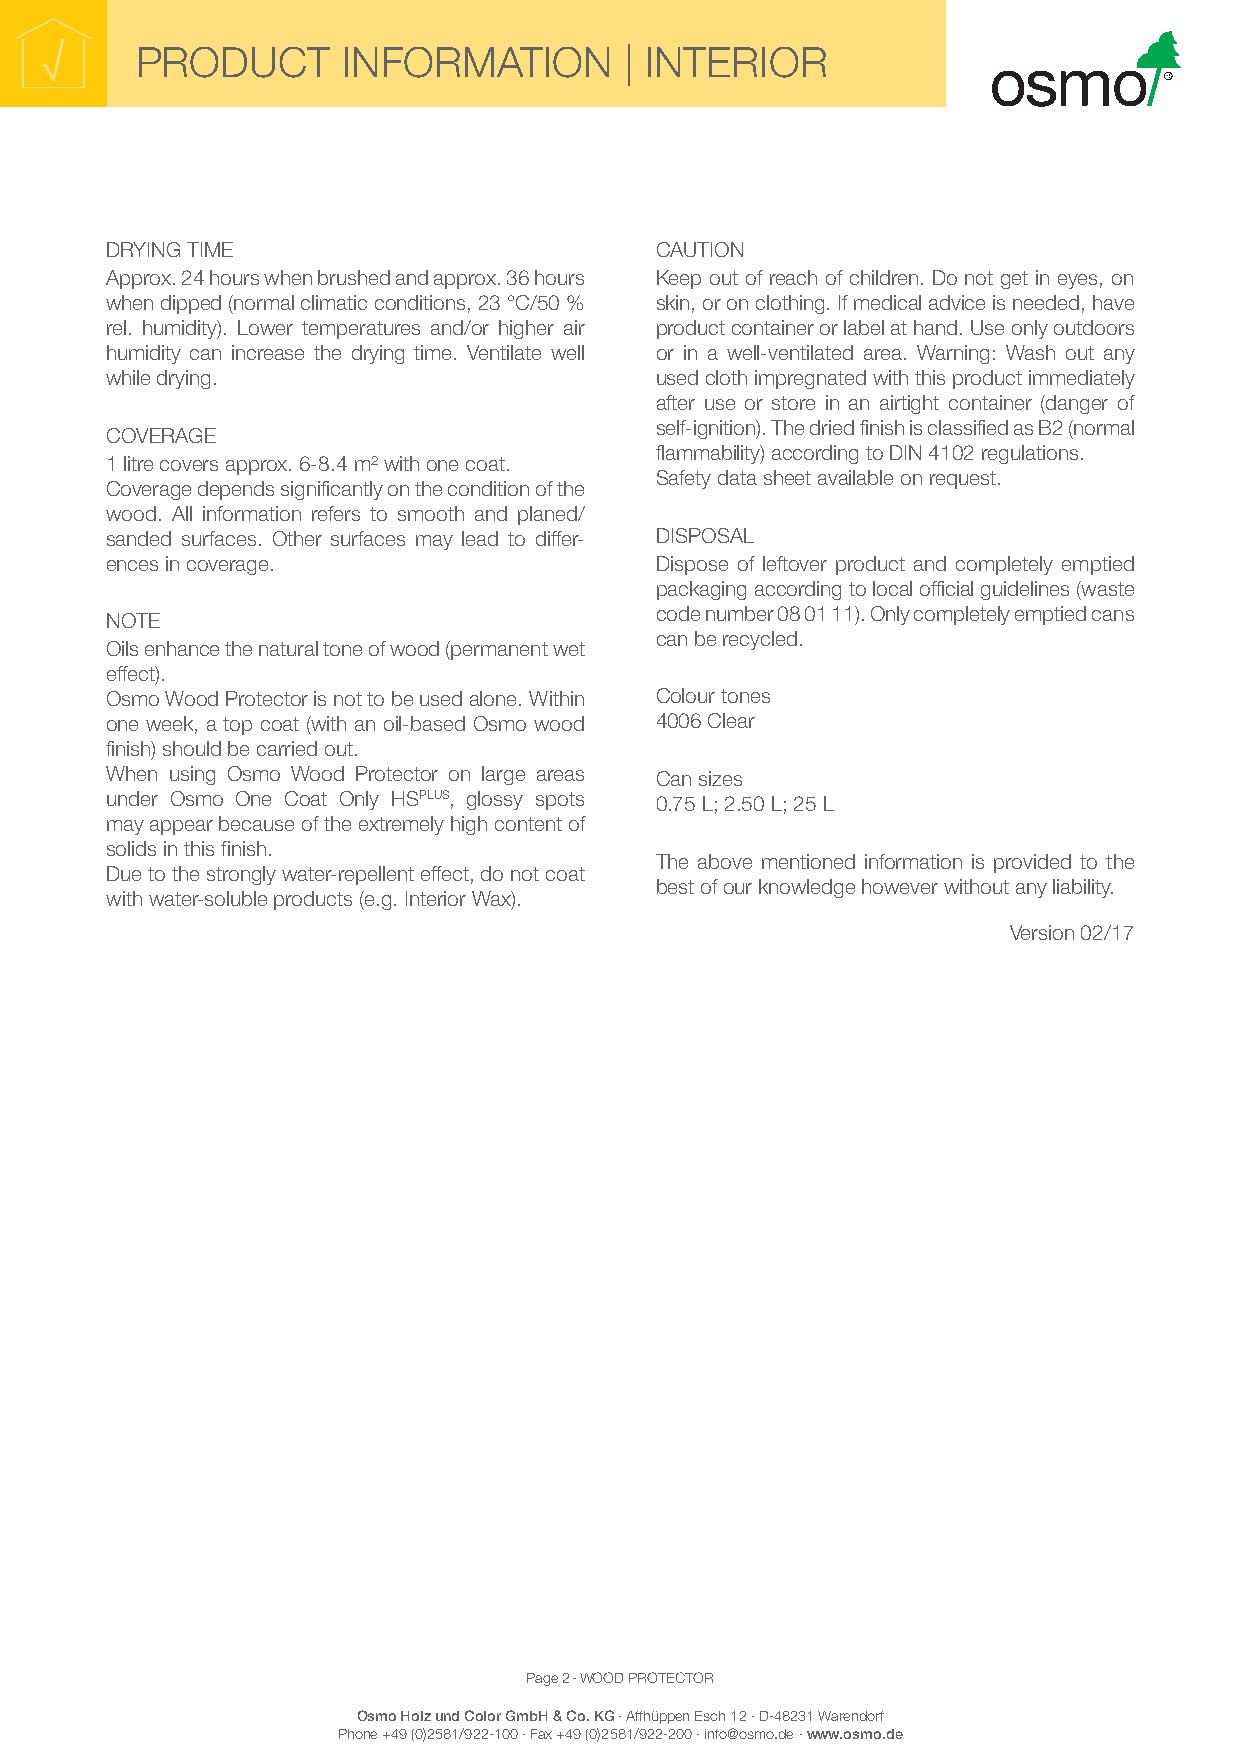
PRODUCT       INFORMATION       | INTERIOR
 DRYING TIME                         CAUTION
 Approx. 24 hours when brushed and approx. 36 hours Keep out of reach of children. Do not get in eyes, on
 when dipped (normal climatic conditions, 23 °C/50 % skin, or on clothing. If medical advice is needed, have
 rel. humidity). Lower temperatures and/or higher air product container or label at hand. Use only outdoors
 humidity can increase the drying time. Ventilate well or in a well-ventilated area. Warning: Wash out any
 while drying.                       used cloth impregnated with this product immediately
 after use or store in an airtight container (danger of
 self-ignition). The dried finish is classified as B2 (normal
 COVERAGE
 flammability) according to DIN 4102 regulations.
 1 litre covers approx. 6-8.4 m² with one coat.
 Safety data sheet available on request.
 Coverage depends significantly on the condition of the
 wood. All information refers to smooth and planed/
 sanded surfaces. Other surfaces may lead to differ- DISPOSAL
 ences in coverage.                  Dispose of leftover product and completely emptied
 packaging according to local official guidelines (waste
 code number 08 01 11). Only completely emptied cans
 NOTE
 can be recycled.
 Oils enhance the natural tone of wood (permanent wet
 effect).
 Osmo Wood Protector is not to be used alone. Within Colour tones
 one week, a top coat (with an oil-based Osmo wood 4006 Clear
 finish) should be carried out.
 When using Osmo Wood Protector on large areas Can sizes
 under Osmo One Coat Only HSPLUS, glossy spots 0.75 L; 2.50 L; 25 L
 may appear because of the extremely high content of
 solids in this finish.
 The above mentioned information is provided to the
 Due to the strongly water-repellent effect, do not coat
 best of our knowledge however without any liability.
 with water-soluble products (e.g. Interior Wax).
 Version 02/17
 Page 2 - WOOD PROTECTOR
 Osmo Holz und Color GmbH & Co. KG · Affhüppen Esch 12 · D-48231 Warendorf
 Phone +49 (0)2581/922-100 · Fax +49 (0)2581/922-200 · info@osmo.de · www.osmo.de